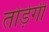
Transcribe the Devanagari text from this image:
तोड़ेगी